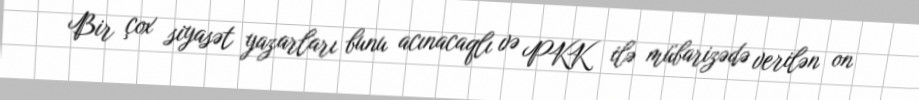
Bir çox siyasət yazarları bunu acınacaqlı və PKK ilə mübarizədə verilən on